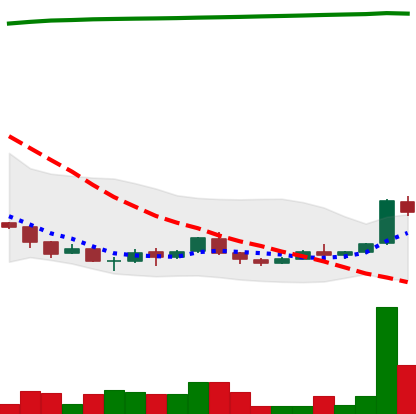
Ticker: ADA-USD
Chart end date: 2018-04-13
Forward return: 29.825%
Label: up_7plus